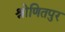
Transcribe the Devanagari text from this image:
श्रोणितपुर